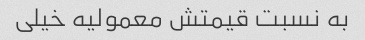
به نسبت قیمتش معمولیه خیلی